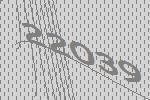
22039